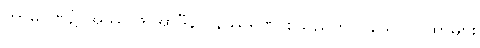
ကာမဂုဏ်၌ အဿာဒ အာဒီနဝ နိဿရဏ စသည်ကို ပြသော ဂါထာများ